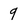
Character: 9